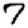
Digit: 7